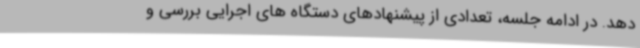
دهد. در ادامه جلسه، تعدادی از پیشنهادهای دستگاه های اجرایی بررسی و